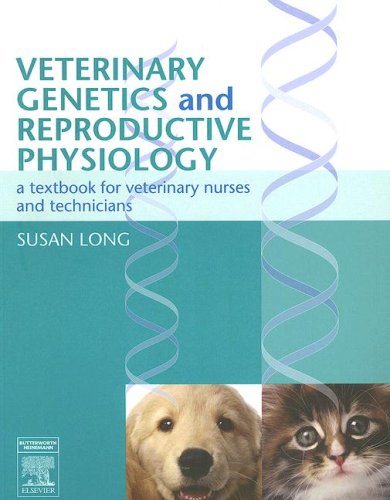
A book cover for Veterinary Genetics and Reproductive Physiology: A Textbook for Veterinary Nurses and Technicians, 1e; Susan Long BVMS  PhD  DipECAR  MRCVS  MBVA; Medical Books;